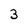
Character: 3